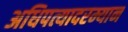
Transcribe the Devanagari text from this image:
अधिपत्यादरम्यान